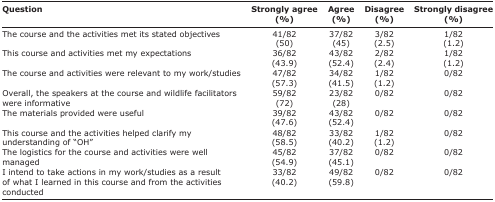
<table><thead><tr><td><b>Question</b></td><td><b>Strongly agree (%)</b></td><td><b>Agree (%)</b></td><td><b>Disagree (%)</b></td><td><b>Strongly disagree (%)</b></td></tr></thead><tbody><tr><td>The course and the activities met its stated objectives</td><td>41/82 (50)</td><td>37/82 (45)</td><td>3/82 (2.5)</td><td>1/82 (1.2)</td></tr><tr><td>This course and activities met my expectations</td><td>36/82 (43.9)</td><td>43/82 (52.4)</td><td>2/82 (2.4)</td><td>1/82 (1.2)</td></tr><tr><td>The course and activities were relevant to my work/studies</td><td>47/82 (57.3)</td><td>34/82 (41.5)</td><td>1/82 (1.2)</td><td>0/82</td></tr><tr><td>Overall, the speakers at the course and wildlife facilitators were informative</td><td>59/82 (72)</td><td>23/82 (28)</td><td>0/82</td><td>0/82</td></tr><tr><td>The materials provided were useful</td><td>39/82 (47.6)</td><td>43/82 (52.4)</td><td>0/82</td><td>0/82</td></tr><tr><td>This course and the activities helped clarify my understanding of “OH”</td><td>48/82 (58.5)</td><td>33/82 (40.2)</td><td>1/82 (1.2)</td><td>0/82</td></tr><tr><td>The logistics for the course and activities were well managed</td><td>45/82 (54.9)</td><td>37/82 (45.1)</td><td>0/82</td><td>0/82</td></tr><tr><td>I intend to take actions in my work/studies as a result of what I learned in this course and from the activities conducted</td><td>33/82 (40.2)</td><td>49/82 (59.8)</td><td>0/82</td><td>0/82</td></tr></tbody></table>